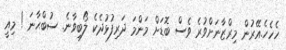
ހެހެހެ.އޭރުން މިރްޒާނަށްވުރެ ވެސް ބޮޑަށް މަންމަ ދަރިފުޅުދެކެ ލޯބިވާނެ. ސުބްޙާނަ ! މިއީ